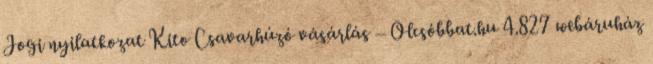
Jogi nyilatkozat Kito Csavarhúzó vásárlás – Olcsóbbat.hu 4.827 webáruház